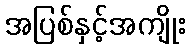
အပြစ်နှင့်အကျိုး